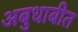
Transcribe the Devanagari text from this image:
अबुधाबीत